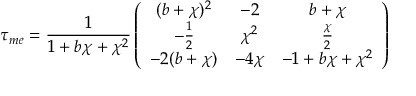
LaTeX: \tau _ { m e } = \frac { 1 } { 1 + b \chi + \chi ^ { 2 } } \left( \begin{array} { c c c } { { ( b + \chi ) ^ { 2 } } } & { { - 2 } } & { { b + \chi } } \\ { { - \frac { 1 } { 2 } } } & { { \chi ^ { 2 } } } & { { \frac { \chi } { 2 } } } \\ { { - 2 ( b + \chi ) } } & { { - 4 \chi } } & { { - 1 + b \chi + \chi ^ { 2 } } } \end{array} \right)